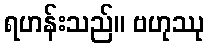
ရဟန်းသည်။ ဗဟုဿု